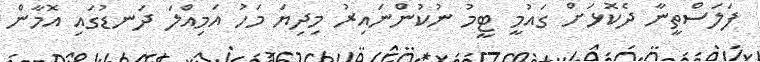
ފަލަސްތީނާ ދެކޮޅަށް ގައުމީ ޓީމު ނުކުންނައިރު މިދިޔަ މަހު އަމިއްލަ ދަނޑުގައި އޮމާން